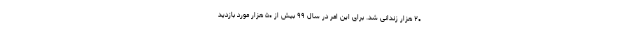
۲۰ هزار زندانی شد. برای این امر در سال ۹۹ بیش از ۵۰ هزار مورد بازدید